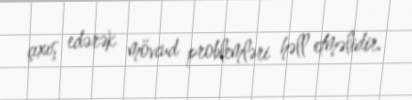
çıxış edərək mövcud problemləri həll etməlidir.